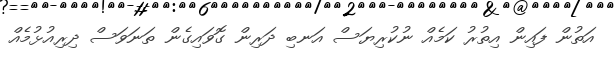
އަތުން ފައިން އިތުރު ކަމެއް ނުކުރިޔަސް އަނބި ދަރިން ގޮވައިގެން ތަނަވަސް ދިރިއުޅުމެއް